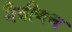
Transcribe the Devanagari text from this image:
मैत्रीणच